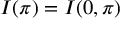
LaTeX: I ( \pi ) = I ( 0 , \pi )